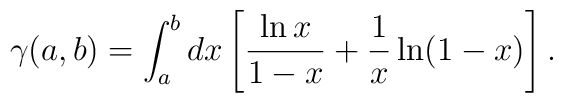
\gamma(a,b)=\int_a^b dx \left[ \frac{\ln x}{1-x} + \frac{1}{x}\ln(1-x) \right].